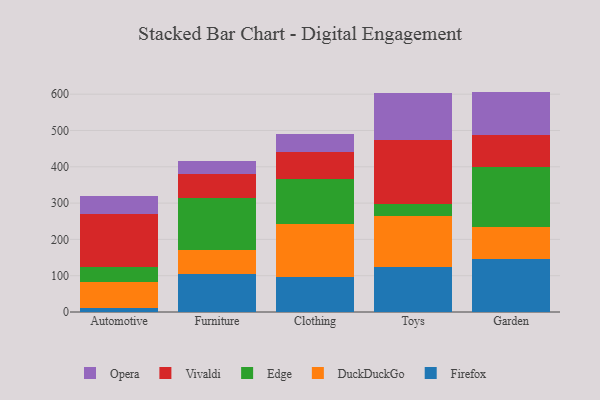
{"axis": {"x": "Category", "y": "Waste Production (Tons)"}, "legend": ["DuckDuckGo", "Edge", "Firefox", "Opera", "Vivaldi"], "data": [{"x": "Automotive", "y": 12.2, "type": "Firefox"}, {"x": "Automotive", "y": 69.9, "type": "DuckDuckGo"}, {"x": "Automotive", "y": 41.2, "type": "Edge"}, {"x": "Automotive", "y": 145.8, "type": "Vivaldi"}, {"x": "Automotive", "y": 50.2, "type": "Opera"}, {"x": "Furniture", "y": 104.6, "type": "Firefox"}, {"x": "Furniture", "y": 67.3, "type": "DuckDuckGo"}, {"x": "Furniture", "y": 143.3, "type": "Edge"}, {"x": "Furniture", "y": 64.7, "type": "Vivaldi"}, {"x": "Furniture", "y": 36.1, "type": "Opera"}, {"x": "Clothing", "y": 96.2, "type": "Firefox"}, {"x": "Clothing", "y": 146.3, "type": "DuckDuckGo"}, {"x": "Clothing", "y": 124.6, "type": "Edge"}, {"x": "Clothing", "y": 74.7, "type": "Vivaldi"}, {"x": "Clothing", "y": 47.4, "type": "Opera"}, {"x": "Toys", "y": 124.6, "type": "Firefox"}, {"x": "Toys", "y": 139.6, "type": "DuckDuckGo"}, {"x": "Toys", "y": 32.0, "type": "Edge"}, {"x": "Toys", "y": 177.8, "type": "Vivaldi"}, {"x": "Toys", "y": 130.2, "type": "Opera"}, {"x": "Garden", "y": 146.4, "type": "Firefox"}, {"x": "Garden", "y": 87.8, "type": "DuckDuckGo"}, {"x": "Garden", "y": 164.0, "type": "Edge"}, {"x": "Garden", "y": 88.8, "type": "Vivaldi"}, {"x": "Garden", "y": 120.1, "type": "Opera"}]}